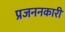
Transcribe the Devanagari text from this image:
प्रजननकारी